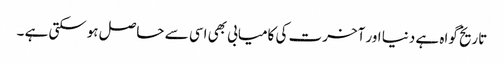
تاریخ گواہ ہے دنیا اور آخرت کی کامیابی بھی اسی سے حاصل ہوسکتی ہے ۔